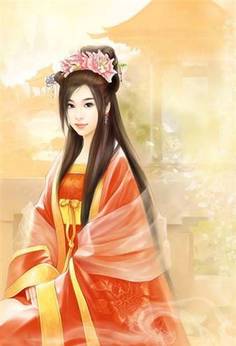
行坐深闺里。懒更妆梳，自知新来憔悴。